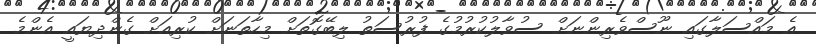
އެ މައްސަލާގައި ނޫސްވެރިންނަށް ސުވާލުކުރުމުގެ ފުރުސަތު ލިބޭގޮތަށް މިހާތަނަށް ކުރިއަށް ގެންދިޔައީ އެންމެ